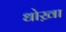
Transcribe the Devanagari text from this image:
धोख़ा